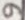
Text: 9